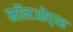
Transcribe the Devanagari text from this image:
मॉलओद्य्च